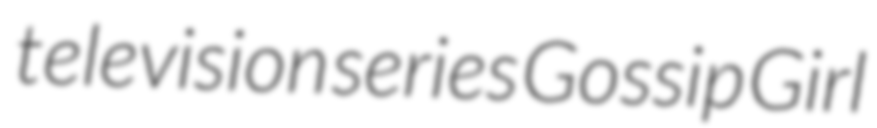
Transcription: television series Gossip Girl